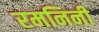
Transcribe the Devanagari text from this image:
रमनिनी